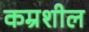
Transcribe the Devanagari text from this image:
कम्रशील